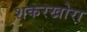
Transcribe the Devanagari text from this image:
शकरखोरा